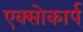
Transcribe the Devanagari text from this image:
एक्सोकार्प्